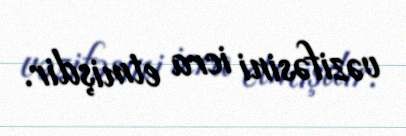
vəzifəsini icra etmişdir.